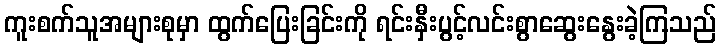
ကူးစက်သူအများစုမှာ ထွက်ပြေးခြင်းကို ရင်းနှီးပွင့်လင်းစွာဆွေးနွေးခဲ့ကြသည်